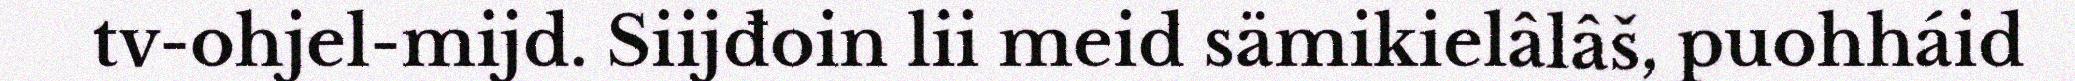
tv-ohjel-mijd. Siijđoin lii meid sämikielâlâš, puohháid